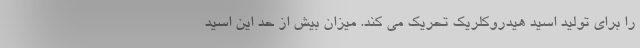
را برای تولید اسید هیدروکلریک تحریک می کند. میزان بیش از حد این اسید